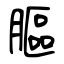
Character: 膒